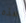
هذه